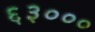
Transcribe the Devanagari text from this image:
६३०००